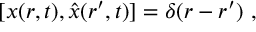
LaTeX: [ x ( r , t ) , { \hat { x } } ( r ^ { \prime } , t ) ] = \delta ( r - r ^ { \prime } ) ~ ,